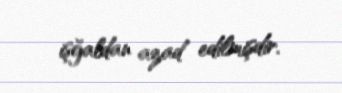
işğaldan azad edilmişdir.